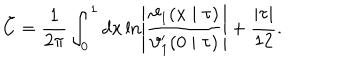
LaTeX: \tilde { C } = \frac { 1 } { 2 \pi } \int _ { 0 } ^ { 1 } d x \ln \left| \frac { \vartheta _ { 1 } ( x \mid \tau ) } { \vartheta _ { 1 } ^ { \prime } ( 0 \mid \tau ) } \right| + \frac { | \tau | } { 1 2 } .